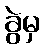
ခွဲမှ